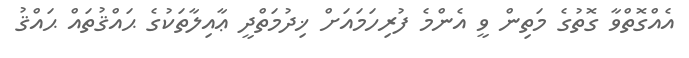
އެއްގޮތްވާ ގޮތުގެ މަތިން ވީ އެންމެ ފުރިހަމައަށް ޚިދުމަތްދީ ޢާއިލާތަކުގެ ޙައްޤުތައް ޙައްޤު